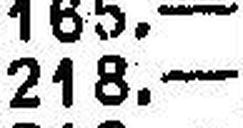
218.—